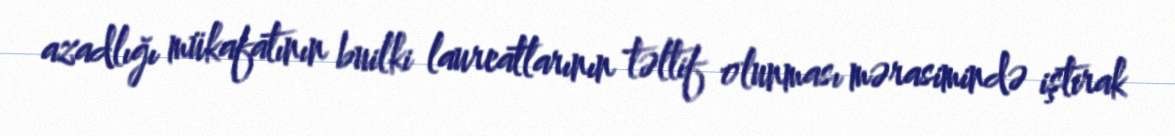
azadlığı mükafatının builki laureatlarının təltif olunması mərasimində iştirak